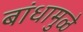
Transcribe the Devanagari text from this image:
बांधामुळे